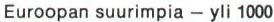
Euroopan suurimpia - yli 1000